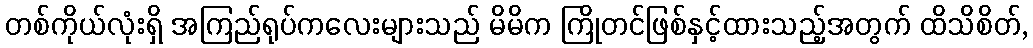
တစ်ကိုယ်လုံးရှိ အကြည်ရုပ်ကလေးများသည် မိမိက ကြိုတင်ဖြစ်နှင့်ထားသည့်အတွက် ထိသိစိတ်,